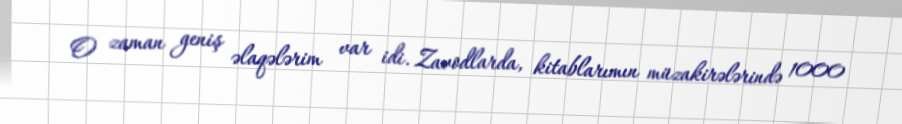
O zaman geniş əlaqələrim var idi. Zavodlarda, kitablarımın müzakirələrində 1000